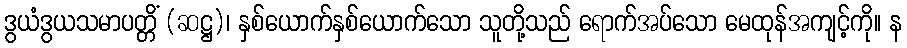
ဒွယံဒွယသမာပတ္တိံ (ဆဋ္ဌ)၊ နှစ်ယောက်နှစ်ယောက်သော သူတို့သည် ရောက်အပ်သော မေထုန်အကျင့်ကို။ န